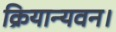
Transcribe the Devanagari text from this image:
क्रियान्यवन।